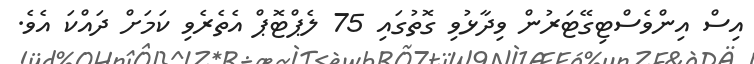
އިސް އިންވެސްޓިގޭޓަރުން ވިދާޅުވި ގޮތުގައި 75 ލެޕްޓޮޕް އެތެރެވި ކަމަށް ދައްކަ އެވެ.